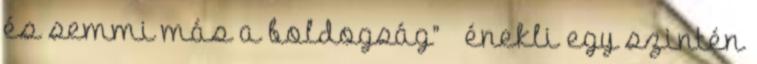
és semmi más a boldogság” – énekli egy szintén